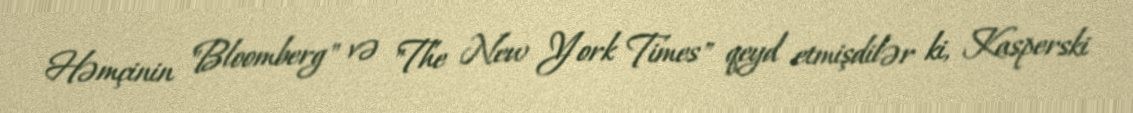
Həmçinin "Bloomberg" və "The New York Times" qeyd etmişdilər ki, Kasperski